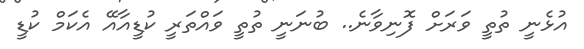
އުޅެނީ ތުތީ ވަރަށް ފޮނިވާނެ.. ބުނަނީ ތުތީ ވައްތަރީ ކުޑީއާއޭ އެކަމް ކުޑީ